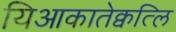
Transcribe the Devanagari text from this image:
यिआकातेक्वत्लि